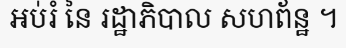
អប់រំ នៃ រដ្ឋាភិបាល សហព័ន្ឋ ។